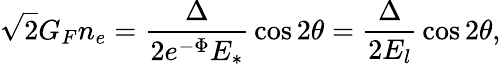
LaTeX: \sqrt{2}G_{F}n_{e}={\frac{\Delta}{2e^{-\Phi}E_{*}}}\cos 2\theta={\frac{\Delta}{2E_{l}}}\cos 2\theta,